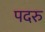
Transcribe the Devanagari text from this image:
पदरु